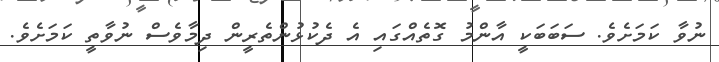
ނުވާ ކަމަށެވެ. ސަބަބަކީ އާންމު ގޮތެއްގައި އެ ދެކުޅުންތެރީން ދިމާވެސް ނުވާތީ ކަމަށެވެ.